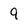
Character: a